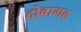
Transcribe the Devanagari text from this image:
दोवागढ